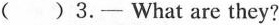
()3.- What are they?